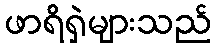
ဖာရိရှဲများသည်